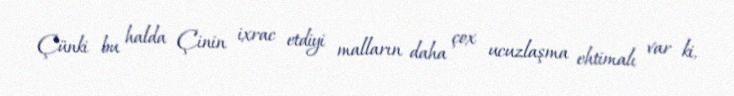
Çünki bu halda Çinin ixrac etdiyi malların daha çox ucuzlaşma ehtimalı var ki,